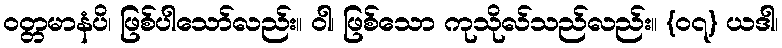
ဝတ္တမာနံပိ၊ ဖြစ်ပါသော်လည်း။ ဝါ၊ ဖြစ်သော ကုသိုလ်သည်လည်း။ {၀၇} ယဒါ၊